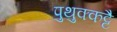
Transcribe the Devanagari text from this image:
पुथुक्कट्टै